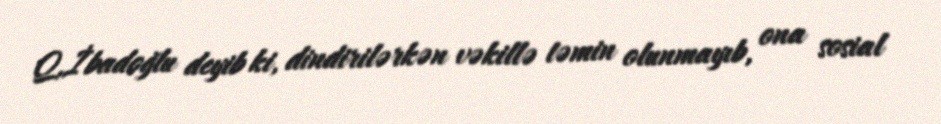
Q.İbadoğlu deyib ki, dindirilərkən vəkillə təmin olunmayıb, ona sosial